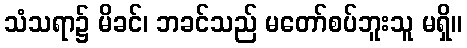
သံသရာ၌ မိခင်၊ ဘခင်သည် မတော်စပ်ဘူးသူ မရှိ။